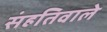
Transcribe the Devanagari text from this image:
संहतिवाले